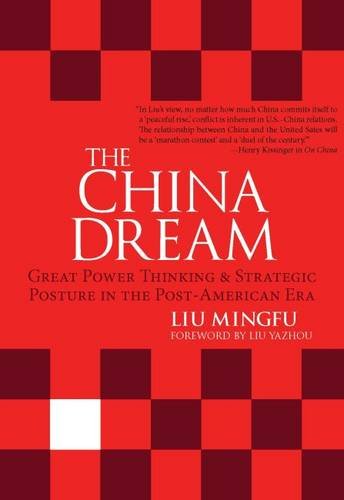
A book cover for The China Dream: Great Power Thinking and Strategic Posture in the Post-American Era; Liu Mingfu; History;